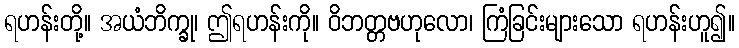
ရဟန်းတို့။ အယံဘိက္ခု၊ ဤရဟန်းကို။ ဝိဘတ္တဗဟုလော၊ ကြံခြင်းများသော ရဟန်းဟူ၍။